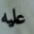
عليه